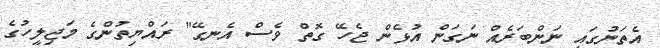
އެތަނުގައި ނަންބަރެއް ނަގަން އުޅެން ޖެހޭ ގޮތް ވެސް އެނގޭ" ރައްޔިތުންގެ މަޖިލީހުގެ